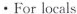
· For locals